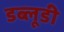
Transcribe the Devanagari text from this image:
डब्लूडी